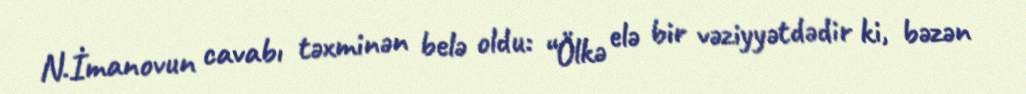
N.İmanovun cavabı təxminən belə oldu: “Ölkə elə bir vəziyyətdədir ki, bəzən